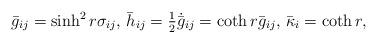
LaTeX: \begin{align*}\bar{g}_{ij} = \sinh^2 r \sigma_{ij}, \, \bar{h}_{ij} = \tfrac{1}{2} \dot{\bar{g}}_{ij} = \coth r \bar{g}_{ij}, \, \bar{\kappa}_i = \coth r,\end{align*}